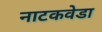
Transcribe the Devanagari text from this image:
नाटकवेडा